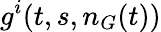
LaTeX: g^{i}(t,s,n_{G}(t))